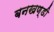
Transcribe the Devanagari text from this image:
बनखण्डी